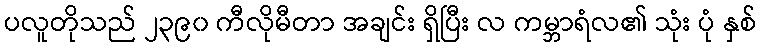
ပလူတိုသည် ၂၃၉၀ ကီလိုမီတာ အချင်း ရှိပြီး လ ကမ္ဘာရံလ၏ သုံး ပုံ နှစ်